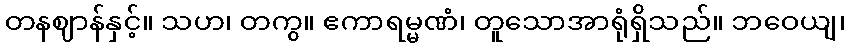
တနဈာန်နှင့်။ သဟ၊ တကွ။ ဧကာရမ္မဏံ၊ တူသောအာရုံရှိသည်။ ဘဝေယျ၊